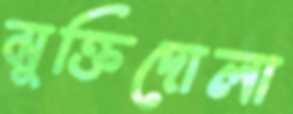
মুক্তিদোলা